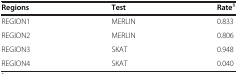
<table><thead><tr><td><b>Regions</b></td><td><b>Test</b></td><td><b>Rate<sup>1</sup></b></td></tr></thead><tbody><tr><td>REGION1</td><td>MERLIN</td><td>0.833</td></tr><tr><td>REGION2</td><td>MERLIN</td><td>0.806</td></tr><tr><td>REGION3</td><td>SKAT</td><td>0.948</td></tr><tr><td>REGION4</td><td>SKAT</td><td>0.040</td></tr></tbody></table>